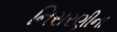
નિસરણીના